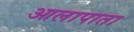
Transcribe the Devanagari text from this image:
आलापाता